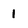
Character: 1